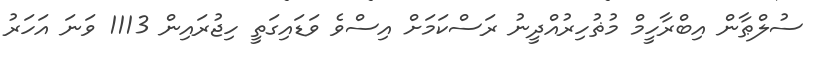
ސުލްޠާން އިބްރާހީމް މުޡުހިރުއްދީނު ރަސްކަމަށް އިސްވެ ވަޑައިގަތީ ހިޖުރައިން 1113 ވަނަ އަހަރު